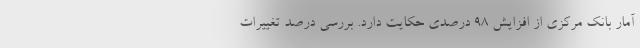
آمار بانک مرکزی از افزایش ۹۸ درصدی حکایت دارد. بررسی درصد تغییرات